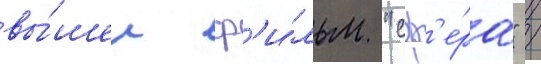
вы́шел ф'и́льм "сф'е́ра" /